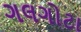
ગલગોટા